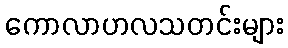
ကောလာဟလသတင်းများ